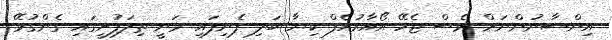
އިންސާނުންނަށް ވެސް ޖެހޭ އޯއާރުއެފް ކިޔާ ބަލި ފެނިފައި ވަނީ ތިލަފުށީގައި ގެންގުޅޭ